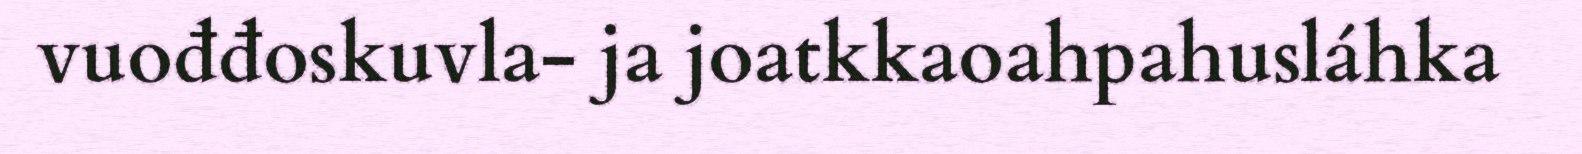
vuođđoskuvla- ja joatkkaoahpahusláhka